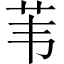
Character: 苇